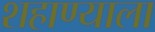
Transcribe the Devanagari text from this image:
शहाण्याला